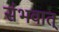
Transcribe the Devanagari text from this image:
संभवात्‌